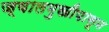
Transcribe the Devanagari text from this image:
ज्वालमुखीपासून